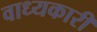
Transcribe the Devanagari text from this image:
वाध्यकारी